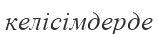
келісімдерде